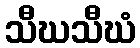
သီဃသီဃံ